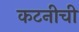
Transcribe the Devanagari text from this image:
कटनीची